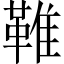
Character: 𩋘